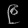
Digit: ၉